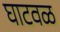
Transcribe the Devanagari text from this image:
घाटवळ